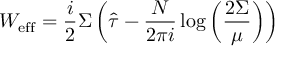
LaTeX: { \cal W } _ { \mathrm { e f f } } = \frac { i } { 2 } \Sigma \left( \hat { \tau } - \frac { N } { 2 \pi i } \log \left( \frac { 2 \Sigma } { \mu } \right) \right)